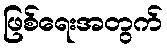
ဖြစ်ရေးအတွက်